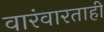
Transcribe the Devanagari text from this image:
वारंवारताही